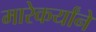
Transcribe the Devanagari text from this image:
मारेकर्यांने